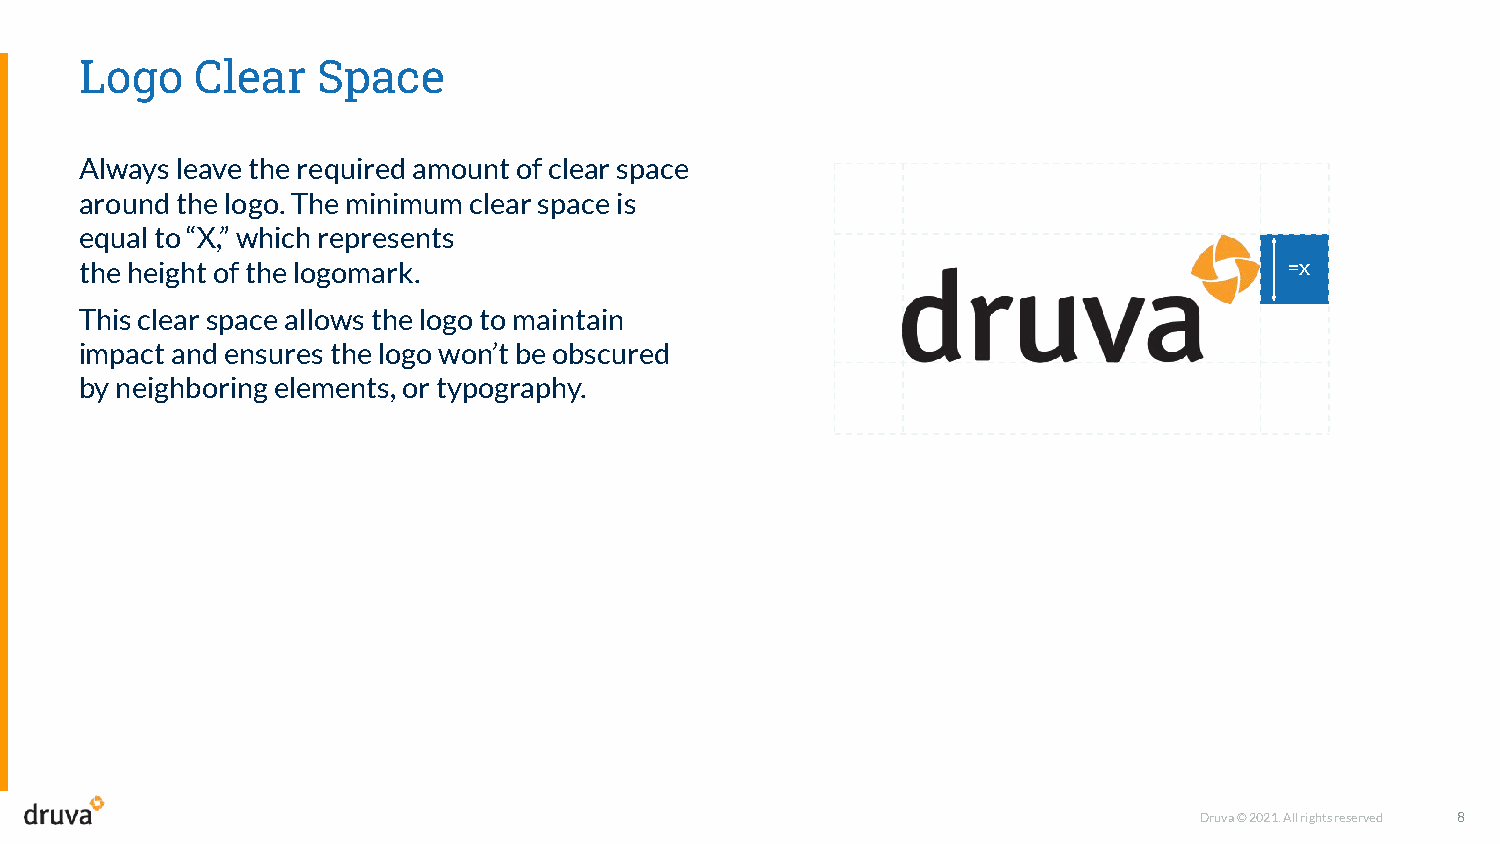
Logo    Clear   Space
 Always leave the required amount of clear space
 around the logo. The minimum clear space is
 equal to “X,” which represents
 the height of the logomark.                                                     =x
 This clear space allows the logo to maintain
 impact and ensures the logo won’t be obscured
 by neighboring elements, or typography.
 Druva © 2021. All rights reserved 8